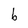
Character: b